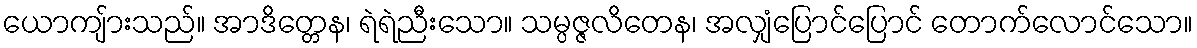
ယောကျ်ားသည်။ အာဒိတ္တေန၊ ရဲရဲညီးသော။ သမ္ပဇ္ဇလိတေန၊ အလျှံပြောင်ပြောင် တောက်လောင်သော။